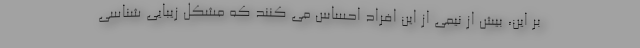
بر این، بیش از نیمی از این افراد احساس می کنند که مشکل زیبایی شناسی